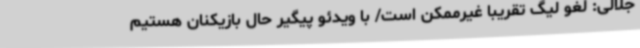
جلالی: لغو لیگ تقریبا غیرممکن است/ با ویدئو پیگیر حال بازیکنان هستیم